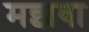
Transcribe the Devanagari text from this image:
मझवा